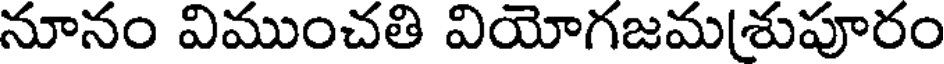
నూనం విముంచతి వియోగజమ(శుపూరం